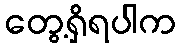
တွေ့ရှိရပါက